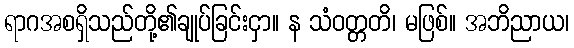
ရာဂအစရှိသည်တို့၏ချုပ်ခြင်းငှာ။ န သံဝတ္တတိ၊ မဖြစ်။ အဘိညာယ၊